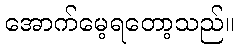
အောက်မေ့ရတော့သည်။